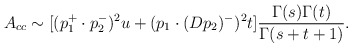
\begin{align*}A_{cc} \sim [ (p_1^+\cdot p_2^-)^2u + (p_1 \cdot(Dp_2)^-)^2t ] \frac{\Gamma(s) \Gamma(t)}{\Gamma(s + t + 1)}.\end{align*}